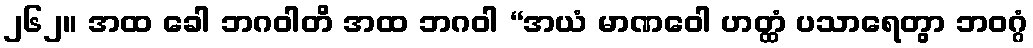
၂၆၂။ အထ ခေါ ဘဂဝါတိ အထ ဘဂဝါ “အယံ မာဏဝေါ ဟတ္ထံ ပသာရေတွာ ဘဝဂ္ဂံ